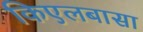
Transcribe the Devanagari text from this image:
किएलबासा